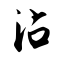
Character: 沾